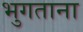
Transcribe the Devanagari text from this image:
भुगताना